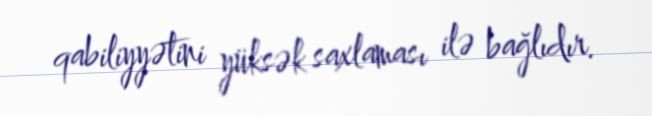
qabiliyyətini yüksək saxlaması ilə bağlıdır.